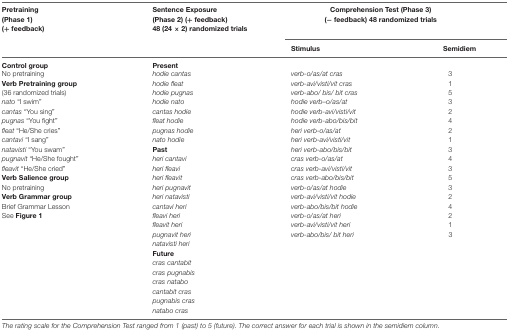
<table><thead><tr><td><b>Pretraining(Phase 1)(+ feedback)</b></td><td><b>Sentence Exposure(Phase 2) (+ feedback)48 (24 × 2) randomized trials</b></td><td colspan="2"><b>Comprehension Test (Phase 3) (- feedback) 48 randomized trials</b></td></tr><tr><td></td><td></td><td><b>Stimulus</b></td><td><b>Semidiem</b></td></tr></thead><tbody><tr><td><b>Control group</b></td><td><b>Present</b></td><td></td><td></td></tr><tr><td>No pretraining<b>Verb Pretraining group</b>(36 randomized trials)<i>nato</i> “I swim”<i>cantas</i> “You sing”<i>pugnas</i> “You fight”<i>fleat</i> “He/She cries”<i>cantavi</i> “I sang”<i>natavisti</i> “You swam”<i>pugnavit</i> “He/She fought”<i>fleavit</i> “He/She cried”<b>Verb Salience group</b>No pretraining<b>Verb Grammar group</b>Brief Grammar LessonSee <b>Figure 1</b></td><td><i>hodie cantas</i><i>hodie fleat</i><i>hodie pugnas</i><i>hodie nato</i><i>cantas hodie</i><i>fleat hodie</i><i>pugnas hodie</i><i>nato hodie</i><b>Past</b><i>heri cantavi</i><i>heri fleavi</i><i>heri fleavit</i><i>heri pugnavit</i><i>heri natavisti</i><i>cantavi heri</i><i>fleavi heri</i><i>fleavit heri</i><i>pugnavit heri</i><i>natavisti heri</i><b>Future</b><i>cras cantabit</i><i>cras pugnabis</i><i>cras natabo</i><i>cantabit cras</i><i>pugnabis cras</i><i>natabo cras</i></td><td><i>verb-o/as/at cras</i><i>verb-avi/visti/vit cras</i><i>verb-abo/ bis/ bit cras</i><i>hodie verb–o/as/at</i><i>hodie verb-avi/visti/vit</i><i>hodie verb-abo/bis/bit</i><i>heri verb-o/as/at</i><i>heri verb-avi/visti/vit</i><i>heri verb-abo/bis/bit</i><i>cras verb-o/as/at</i><i>cras verb-avi/visti/vit</i><i>cras verb-abo/bis/bit</i><i>verb-o/as/at hodie</i><i>verb-avi/visti/vit hodie</i><i>verb-abo/bis/bit hodie</i><i>verb-o/as/at heri</i><i>verb-avi/visti/vit heri</i><i>verb-abo/bis/ bit heri</i></td><td>315324213435324213</td></tr></tbody></table>